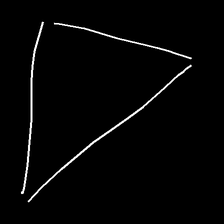
Glyph: convergence